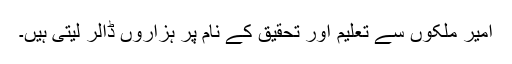
امیر ملکوں سے تعلیم اور تحقیق کے نام پر ہزاروں ڈالر لیتی ہیں۔